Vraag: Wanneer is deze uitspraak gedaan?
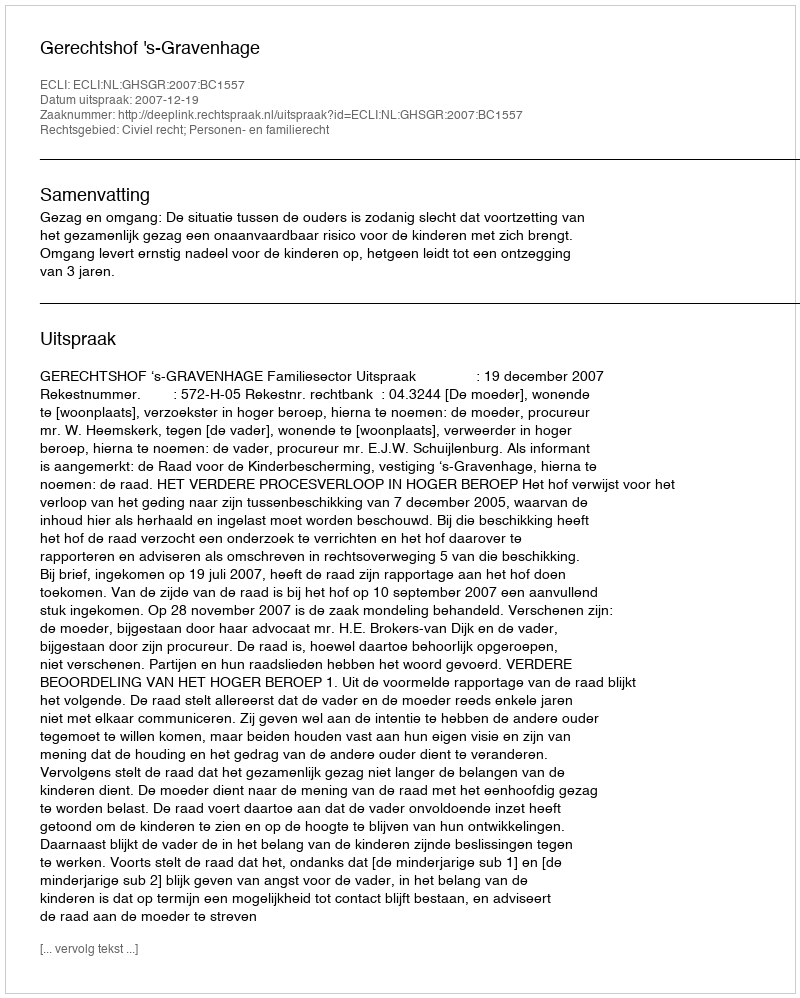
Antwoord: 2007-12-19